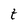
Character: t